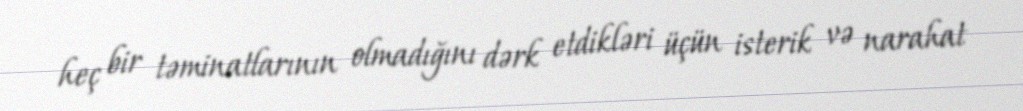
heç bir təminatlarının olmadığını dərk etdikləri üçün isterik və narahat